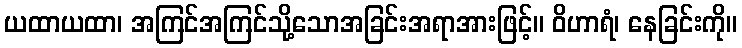
ယထာယထာ၊ အကြင်အကြင်သို့သောအခြင်းအရာအားဖြင့်။ ဝိဟာရံ၊ နေခြင်းကို။